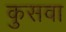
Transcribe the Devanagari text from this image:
कुसवा